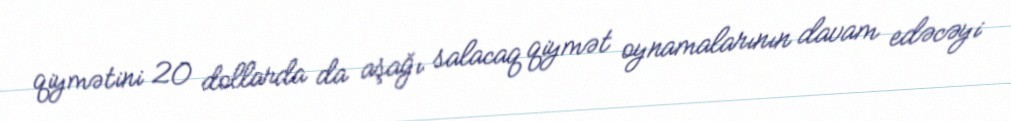
qiymətini 20 dollarda da aşağı salacaq qiymət oynamalarının davam edəcəyi